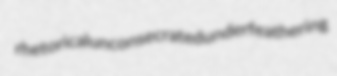
rhetorical unconsecrated underfeathering